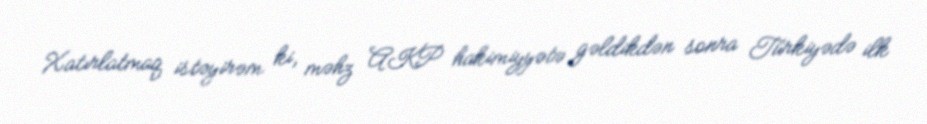
Xatırlatmaq istəyirəm ki, məhz AKP hakimiyyətə gəldikdən sonra Türkiyədə ilk